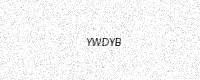
Text: YWDYB